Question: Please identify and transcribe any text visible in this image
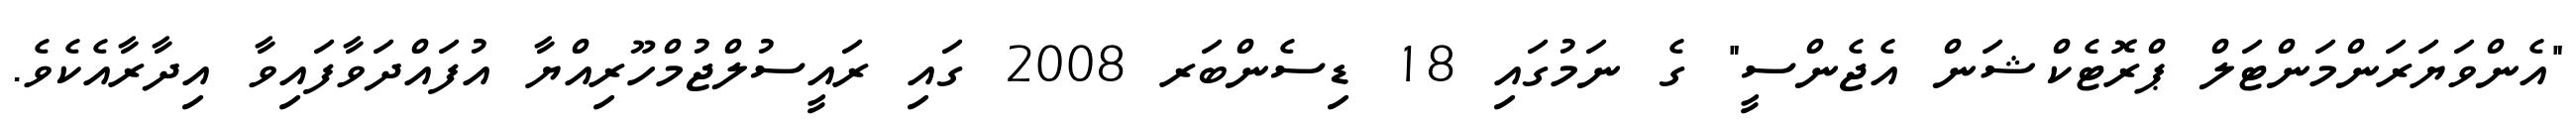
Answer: "އެންވަޔަރަންމަންޓަލް ޕްރޮޓެކްޝަން އެޖެންސީ" ގެ ނަމުގައި 18 ޑިސެންބަރ 2008 ގައި ރައީސުލްޖުމްހޫރިއްޔާ އުފައްދަވާފައިވާ އިދާރާއެކެވެ.